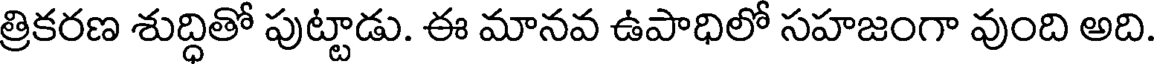
త్రికరణ శుద్ధితో పుట్టాడు. ఈ మానవ ఉపాధిలో సహజంగా వుంది అది